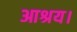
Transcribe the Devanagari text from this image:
आश्रय।